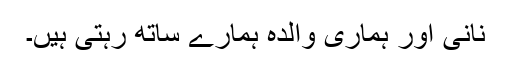
نانی اور ہماری والدہ ہمارے ساتھ رہتی ہیں۔